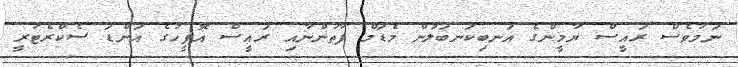
ނަމަވެސް ރައީސް ޔާމީންގެ އަނބިކަނބަލުން މެޑަމް ފާތުންނާއި ރައީސް އޮފީހުގެ އަންޑަ ސެކްރެޓަރީ